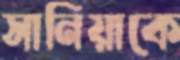
সানিয়াকে